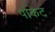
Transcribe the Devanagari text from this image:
पोकेट